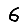
Digit: 6